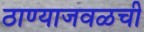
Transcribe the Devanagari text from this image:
ठाण्याजवळची